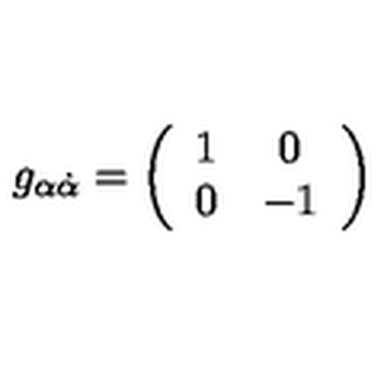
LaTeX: g _ { \alpha { \dot { \alpha } } } = \left( \begin{array} { c c } { 1 } & { 0 } \\ { 0 } & { - 1 } \\ \end{array} \right)